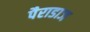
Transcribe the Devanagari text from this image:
पैराडाज